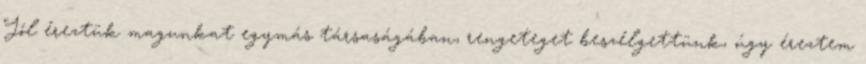
Jól éreztük magunkat egymás társaságában, rengeteget beszélgettünk, úgy éreztem